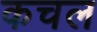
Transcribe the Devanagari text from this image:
कचल